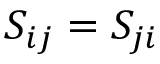
S _ { i j } = S _ { j i }